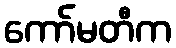
ကော်မတီက